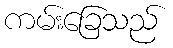
ကမ်းခြေသည်